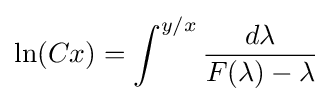
\ln(Cx)=\int ^{y/x}{\frac {d\lambda }{F(\lambda )-\lambda }}